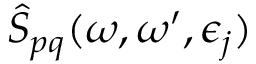
\hat { S } _ { p q } ( \omega , \omega ^ { \prime } , \epsilon _ { j } )